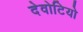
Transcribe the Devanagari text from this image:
देवोटियो